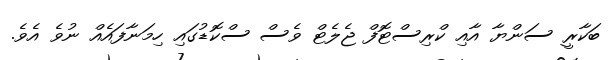
ބަކާރީ ސަންޔާ އާއި ކްރިސްޓޮފް ޖެލެޓް ވެސް ސްކޮޑުގައި ހިމަނާފައެއް ނުވެ އެވެ.